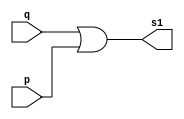
//exercicioguia_10_um
//Nome:Eneas
//Numero:376507
//----------------------------------------------------
  module norgate(s1,q,p);
  output s1;
  input q,p ;
  assign s1=(q|p);
  endmodule//norgate
  module primparte;
  reg q,p;
  wire s1;
  norgate nor1(s1,q,p);                  // O FLIP-FLOP PRECISARA' DE MAIS QUE ISSO
  initial begin 
      $display("primparte");
      $display("norgate");
      $display ("\na |b=s1\n");
	   q=0;p=0;
	   $display("%b|%b=%b",q,p,s1);
	   q=0;p=1;
  #1  $display("%b|%b=%b",q,p,s1);
    q=1;p=0;
  #1  $display("%b|%b=%b",q,p,s1);
	 q=1;p=1;
  #1  $display("%b|%b=%b",q,p,s1);
	
  end
  endmodule//norgate
//------------------------------
   module norgate_2(s2,q,p);
  output s2;
  input q,p ;
  assign s2=~(q|p);
  endmodule//norgate_2
  
  module segparte;
  reg q,p;
  wire s2;
  norgate_2 nor2(s2,q,p);
  
  initial begin 
      $display("segparte");
      $display("norgate_2");
      $display ("\na |b=s2\n");
	   q=0;p=0;
	   $display("%b|%b=%b",q,p,s2);
	   q=0;p=1;
  #1  $display("%b|%b=%b",q,p,s2);
    q=1;p=0;
  #1  $display("%b|%b=%b",q,p,s2);
	 q=1;p=1;
  #1  $display("%b|%b=%b",q,p,s2);
	
  end
  endmodule//norgate_2